system: You are a helpful assistant.
user:
Analyze the provided spectrum to determine if it is a **M-type Giant (gM)**.

A M-type Giant spectrum is defined by its **strong molecular absorption** features, particularly from **Titanium Oxide (TiO)**. You must check for one of the following mutually exclusive signatures:

- **Key Visual Indicators (Absorption-Dominated Spectrum):**

    - **(Primary):** The spectrum is dominated by strong molecular absorption from **Titanium Oxide (TiO)**. This is the **defining feature** of its M-type temperature class.
        - **(Key Bandheads):** Look for sharp, "saw-tooth" absorption valleys. The strongest are located near **~7050 Å**, **~6160 Å**, and **~5170 Å**.
        - **(Line Profile):** The "saw-tooth" morphology is critical: a **sharp, steep drop on the BLUE (short-wavelength) side** of the bandhead, followed by a gradual recovery (rising flux) towards the RED (long-wavelength) side.

    - **(Key Confirmation - Giant vs. Dwarf):** **ABSENCE** of strong **Calcium Hydride (CaH)** molecular bands. This is the primary diagnostic for *excluding* M-dwarfs.
        - **(Key Region):** The spectrum should lack the strong, broad absorption band seen in dwarfs between **~6800 Å and ~7000 Å**.

    - **(Secondary Confirmation - Giant):** A very strong and broad **Neutral Calcium (Ca I)** atomic absorption line.
        - **(Key Line):** Located at **~4226 Å**. In a giant (gM), this line is significantly deeper and broader than the same line in an M-dwarf (dM) due to low surface gravity.

    - **(Overall Spectrum):**
        - The continuum is **extremely red-sloping** (i.e., flux is very low in the blue and rises dramatically towards the red).
        - The entire spectrum appears "chopped up" by the deep TiO bands.

Think first, call **spectral_visualization_tool** if needed to examine features in detail, then provide your final answer. Your response must adhere to the following strict rules:
1.  **Overall Structure:** Your response must follow the format `<think>...</think> <tool_call>...</tool_call> (if a tool is used) <answer>...</answer>`.
2.  **Tool Usage Constraint:** You may only make **one** tool call per turn.
3.  **Final Answer Format:** In the `<answer>` tag, your conclusion must be inside a `\boxed{}` command (e.g., `\boxed{YES}` or `\boxed{NO}`), followed by your justification.

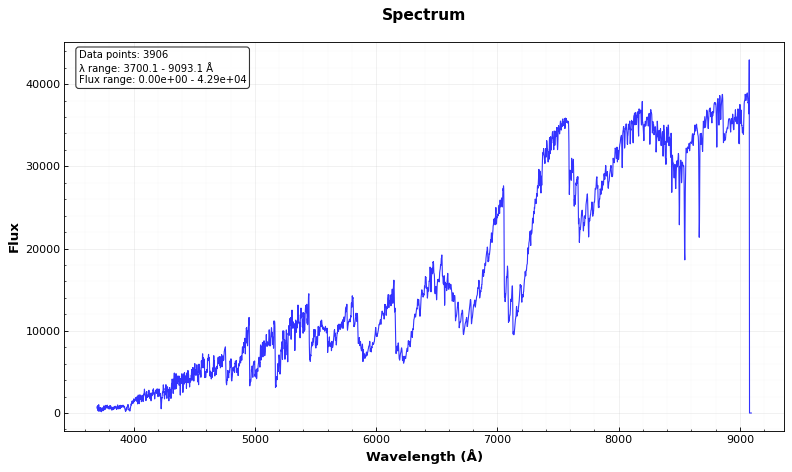
Answer: YES